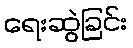
ရေးဆွဲခြင်း